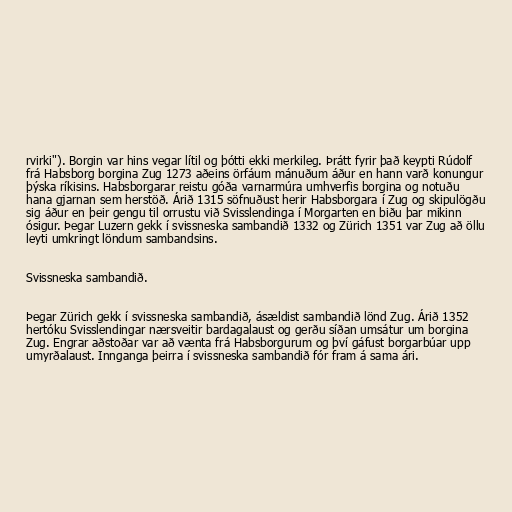
rvirki"). Borgin var hins vegar lítil og þótti ekki merkileg. Þrátt fyrir það keypti Rúdolf
frá Habsborg borgina Zug 1273 aðeins örfáum mánuðum áður en hann varð konungur
þýska ríkisins. Habsborgarar reistu góða varnarmúra umhverfis borgina og notuðu
hana gjarnan sem herstöð. Árið 1315 söfnuðust herir Habsborgara í Zug og skipulögðu
sig áður en þeir gengu til orrustu við Svisslendinga í Morgarten en biðu þar mikinn
ósigur. Þegar Luzern gekk í svissneska sambandið 1332 og Zürich 1351 var Zug að öllu
leyti umkringt löndum sambandsins.

Svissneska sambandið.

Þegar Zürich gekk í svissneska sambandið, ásældist sambandið lönd Zug. Árið 1352
hertóku Svisslendingar nærsveitir bardagalaust og gerðu síðan umsátur um borgina
Zug. Engrar aðstoðar var að vænta frá Habsborgurum og því gáfust borgarbúar upp
umyrðalaust. Innganga þeirra í svissneska sambandið fór fram á sama ári.